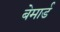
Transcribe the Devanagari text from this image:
बेमार्ड